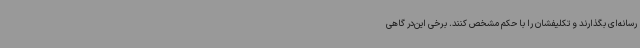
رسانه‌ای بگذارند و تکلیفشان را با حکم مشخص کنند. برخی این‌در گاهی